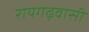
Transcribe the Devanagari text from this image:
रायगढ़वासी